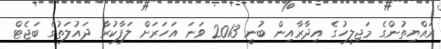
ރައްޔިތުންގެ މަޖިލީހުގެ އިދާރާއިން ބުނީ 2013 ވަނަ އަހަރަށް ލަފާކުރާ ދައުލަތުގެ ބަޖެޓް